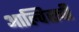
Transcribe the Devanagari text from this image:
आल्विसची